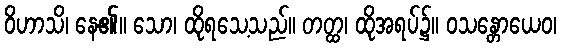
ဝိဟာသိ၊ နေ၏။ သော၊ ထိုရသေ့သည်။ တတ္ထ၊ ထိုအရပ်၌။ ဝသန္တောယေဝ၊